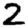
Digit: 2